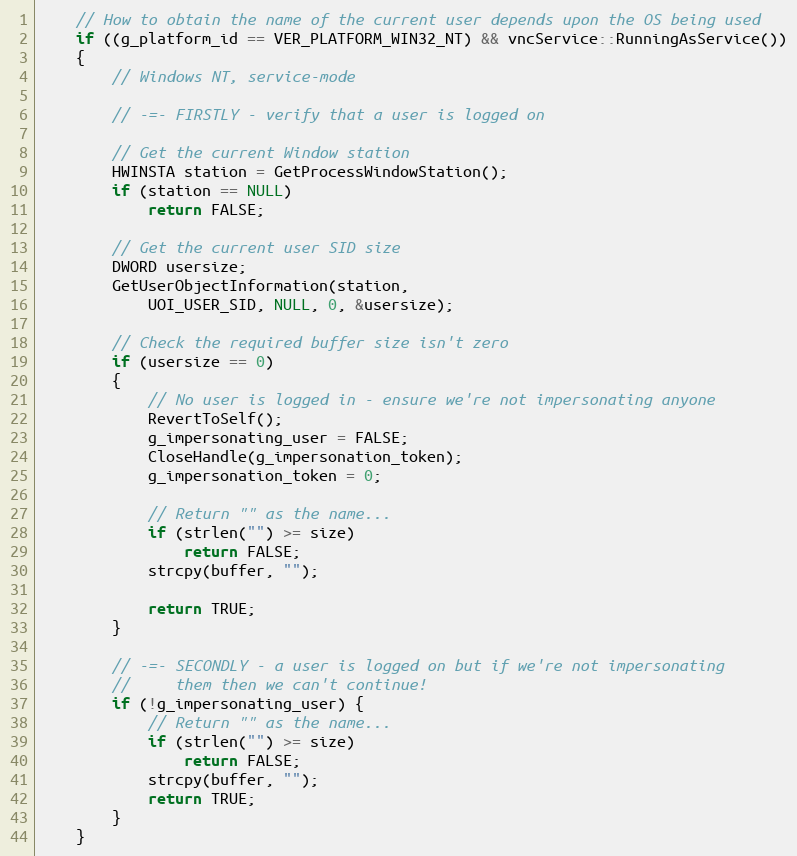
Language: C++
	// How to obtain the name of the current user depends upon the OS being used
	if ((g_platform_id == VER_PLATFORM_WIN32_NT) && vncService::RunningAsService())
	{
		// Windows NT, service-mode

		// -=- FIRSTLY - verify that a user is logged on

		// Get the current Window station
		HWINSTA station = GetProcessWindowStation();
		if (station == NULL)
			return FALSE;

		// Get the current user SID size
		DWORD usersize;
		GetUserObjectInformation(station,
			UOI_USER_SID, NULL, 0, &usersize);

		// Check the required buffer size isn't zero
		if (usersize == 0)
		{
			// No user is logged in - ensure we're not impersonating anyone
			RevertToSelf();
			g_impersonating_user = FALSE;
			CloseHandle(g_impersonation_token);
			g_impersonation_token = 0;

			// Return "" as the name...
			if (strlen("") >= size)
				return FALSE;
			strcpy(buffer, "");

			return TRUE;
		}

		// -=- SECONDLY - a user is logged on but if we're not impersonating
		//     them then we can't continue!
		if (!g_impersonating_user) {
			// Return "" as the name...
			if (strlen("") >= size)
				return FALSE;
			strcpy(buffer, "");
			return TRUE;
		}
	}